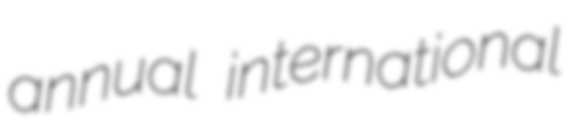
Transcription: annual international